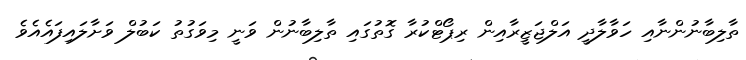
ތާލިބާނުންނާއި ހަވާލާދީ އަލްޖަޒީރާއިން ރިޕޯޓްކުރާ ގޮތުގައި ތާލިބާނުން ވަނީ މިވަގުތު ކަބުލް ވަށާލައިފައެއެވެ